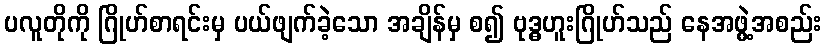
ပလူတိုကို ဂြိုဟ်စာရင်းမှ ပယ်ဖျက်ခဲ့သော အချိန်မှ စ၍ ဗုဒ္ဓဟူးဂြိုဟ်သည် နေအဖွဲ့အစည်း